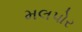
મલપોર